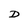
Character: D